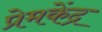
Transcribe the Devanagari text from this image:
प्रेमकेंद्र